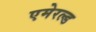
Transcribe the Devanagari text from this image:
एमेरल्ड